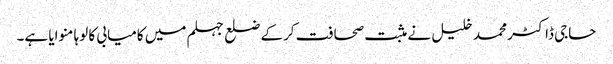
حاجی ڈاکٹر محمد خلیل نے مثبت صحافت کرکے ضلع جہلم میں کامیابی کا لوہا منوایا ہے۔